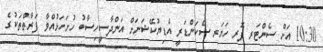
10:30 އަށް ސެންޓަރ ފޮރ ހަޔަރ ސެކަންޑަރީ އެޑިޔުކޭޝަނަށް އަންދާސީހިސާބު ހުށަހަޅުއްވާ ފަރާތްތަކުގެ